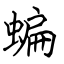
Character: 蝙